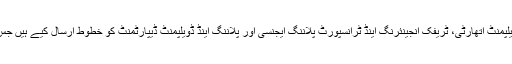
رپورٹ کے مطابق نیب نے پنجاب ماس ٹرانزٹ اتھارٹی، لاہور ڈویلپمنٹ اتھارٹی، ٹریفک انجینئرنگ اینڈ ٹرانسپورٹ پلاننگ ایجنسی اور پلاننگ اینڈ ڈویلپمنٹ ڈیپارٹمنٹ کو خطوط ارسال کیے ہیں جس میں پراجیکٹ سے متعلق دستاویزات اور ریکارڈ طلب کیا گیا ہے۔